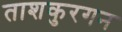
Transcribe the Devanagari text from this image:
ताशकुरगन